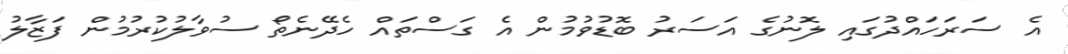
އެ ސަރަހައްދުގައި ލޮނުގެ އަސަރު ބޮޑުވުމުން އެ ގަސްތައް ހެދޭނެތޯ ސުވާލުކުރުމުން ފަޒާލު